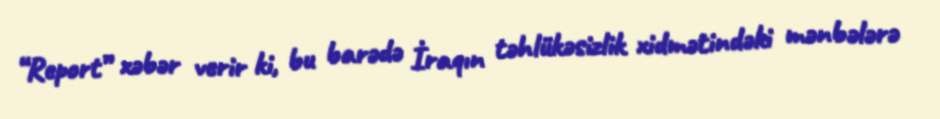
“Report” xəbər verir ki, bu barədə İraqın təhlükəsizlik xidmətindəki mənbələrə